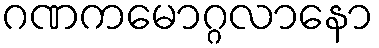
ဂဏကမောဂ္ဂလာနော